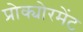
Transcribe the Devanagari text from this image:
प्रोक्योरमेंट